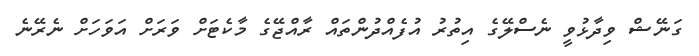
ގަނޭޝް ވިދާޅުވީ ނެސްލޭގެ އިތުރު އުފެއްދުންތައް ރާއްޖޭގެ މާކެޓަށް ވަރަށް އަވަހަށް ނެރޭނެ